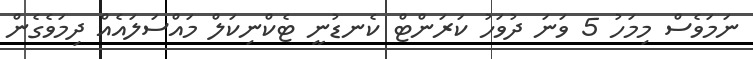
ނަމަވެސް މިމަހު 5 ވަނަ ދުވަހު ކަރަންޓް ކެނޑުނީ ޓެކްނިކަލް މައްސަލައެއް ދިމަވެގެން